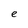
Character: e